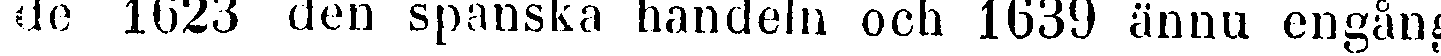
de 1623 den spanska handeln och 1639 ännu engång